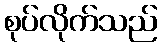
စုပ်လိုက်သည်